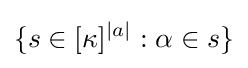
\{s\in [\kappa ]^{|a|}:\alpha \in s\}